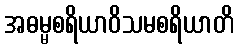
အဓမ္မစရိယာဝိသမစရိယာတိ